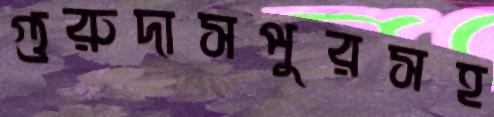
গুরুদাসপুরসহ